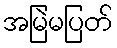
အမြဲမပြတ်